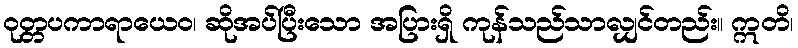
ဝုတ္တပကာရာယေဝ၊ ဆိုအပ်ပြီးသော အပြားရှိ ကုန်သည်သာလျှင်တည်း။ ဣတိ၊